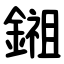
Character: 鎺